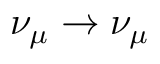
\nu _ { \mu } \to \nu _ { \mu }